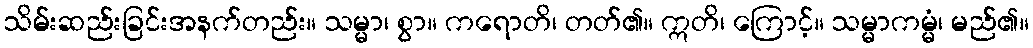
သိမ်းဆည်းခြင်းအနက်တည်း။ သမ္မာ၊ စွာ။ ကရောတိ၊ တတ်၏။ ဣတိ၊ ကြောင့်။ သမ္မာကမ္မံ၊ မည်၏။